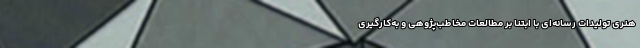
هنری تولیدات رسانه‌ای با ابتنا بر مطالعات مخاطب‌پژوهی و به‌کارگیری